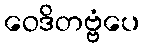
ဝေဒိတဗ္ဗံပေ